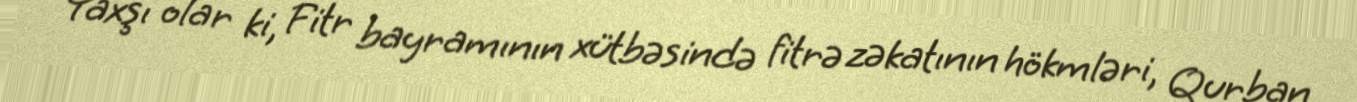
Yaxşı olar ki, Fitr bayramının xütbəsində fitrə zəkatının hökmləri, Qurban